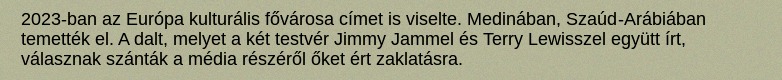
2023-ban az Európa kulturális fővárosa címet is viselte. Medinában, Szaúd-Arábiában temették el. A dalt, melyet a két testvér Jimmy Jammel és Terry Lewisszel együtt írt, válasznak szánták a média részéről őket ért zaklatásra.